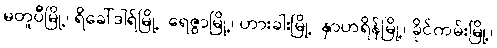
မတူပီမြို့၊ ရိခေါ်ဒါရ်မြို့၊ ရေဇွာမြို့၊ ဟားခါးမြို့၊ နှာဟရိန်မြို့၊ ခိုင်ကမ်းမြို့၊